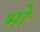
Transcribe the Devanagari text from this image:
भोः